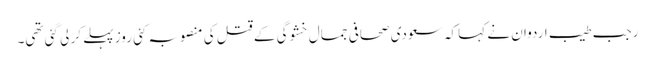
رجب طیب اردوان نے کہا کہ سعودی صحافی جمال خشوگی کے قتل کی منصوبہ کئی روز پہلے کر لی گئی تھی۔